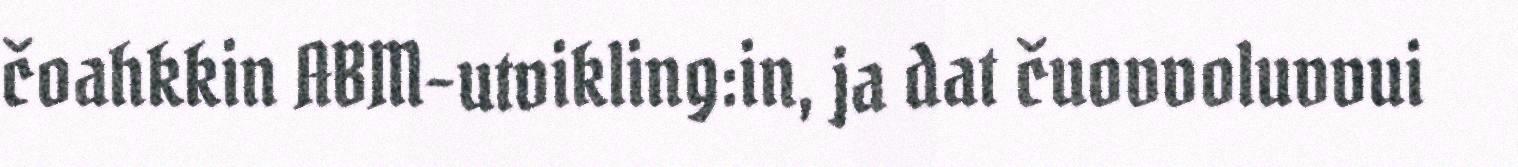
čoahkkin ABM-utvikling:in, ja dat čuovvoluvvui